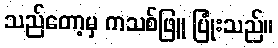
သည်တော့မှ ကသစ်ဖြူ ပြုံးသည်။